Medical and sanitary report on the native army of Bombay for the year
Year: 1879
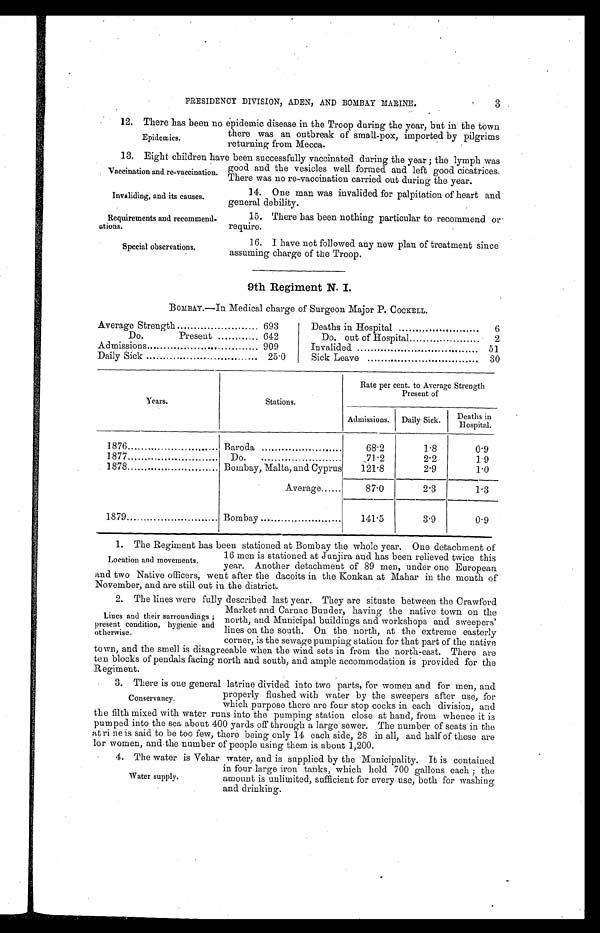
Vaccination and re-vaccination.
Invaliding, and its causes.
Requirements and recommend-
-ations.
Special observations.
PRESIDENCY DIVISION, ADEN, AND BOMBAY MARINE.
12. There has been no epidemic disease in the Troop during the year, but in the town
there was an outbreak of small-pox, imported by pilgrims
returning from Mecca.
13. Eight children have been successfully vaccinated during the year ; the lymph was
Epidemics.
good and the vesicles well formed and left good cicatrices.
There was no re-vaccination carried out during the year.
14. One man was invalided for palpitation of heart and
general debility.
15. There has been nothing particular to recommend or
require.
16. I have not followed any new plan of treatment since
assuming charge of the Troop.
9th Regiment N. I.
BOMBAY.—In Medical charge of Surgeon Major P. COCKELL.
Average Strength
693
Do.
Present
642
Admissions
..
909
Daily Sick
25.0
Deaths in Hospital
6
Do. out of Hospital
2
Invalided
51
Sick Leave
30
Years.
Stations.
Rate per cent. to Average Strength
Present of
Admissions.
Daily Sick.
Deaths in
Hospital.
1876
Baroda
68.2
1.8
0.9
1877
Do.
71.2
2.2
1.9
1878
Bombay, Malta, and Cyprus
121.8
2.9
1.0
Average......
87.0
2.3
1.3
1879
Bombay
141.5
3.9
0.9
1. The Regiment has been stationed at Bombay the whole year. One detachment of
Location and movements.
16 men is stationed at Junjira and has been relieved twice this
year. Another detachment of 89 men, under one European
and two Native officers, went after the dacoits in the Konkan at Mahar in the month of
November, and are still out in the district.
2. The lines were fully described last year. They are situate between the Crawford
Market and Carnac Bunder, having the native town on the
north, and Municipal buildings and workshops and sweepers’
lines on the south. On the north, at the extreme easterly
corner, is the sewage pumping station for that part of the native
town, and the smell is disagreeable when the wind sets in from the north-east. There are
ten blocks of pendals facing north and south, and ample accommodation is provided for the
Regiment.
3. There is one general latrine divided into two parts, for women and for men, and
properly flushed with water by the sweepers after use, for
which purpose there are four stop cocks in each division, and
the filth mixed with water runs into the pumping station close at hand, from whence it is
pumped into the sea about 400 Yards off through a large sewer. The number of seats in the
at ri n e is said to be too few, there being only 14 each side, 28 in all, and half of these are
lor women, and the number of people using them is about 1,200.
4. The water is Vehar water, and is supplied by the Municipality. It is contained
in four large iron tanks, which hold 700 gallons each ; the
amount is unlimited, sufficient for every use, both for washing
and drinking.
Lines and their surroundings ;
present condition, hygienic and
otherwise.
Conservancy.
Water supply.